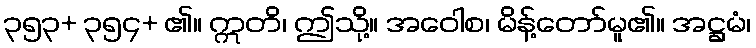
၃၅၃+ ၃၅၄+ ၏။ ဣတိ၊ ဤသို့။ အဝေါစ၊ မိန့်တော်မူ၏။ အဋ္ဌမံ၊